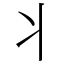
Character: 丬